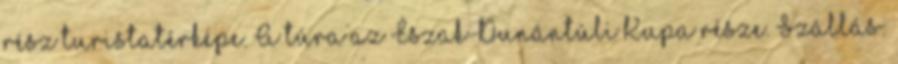
rész turistatérképe. A túra az Észak-Dunántúli Kupa része. Szállás: